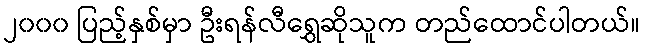
၂၀၀၀ ပြည့်နှစ်မှာ ဦးရန်လီရွှေဆိုသူက တည်ထောင်ပါတယ်။